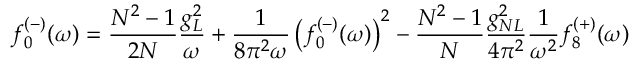
f _ { 0 } ^ { ( - ) } ( \omega ) = \frac { N ^ { 2 } - 1 } { 2 N } \frac { g _ { L } ^ { 2 } } { \omega } + \frac { 1 } { 8 \pi ^ { 2 } \omega } \left( f _ { 0 } ^ { ( - ) } ( \omega ) \right) ^ { 2 } - \frac { N ^ { 2 } - 1 } { N } \frac { g _ { N L } ^ { 2 } } { 4 \pi ^ { 2 } } \frac { 1 } { \omega ^ { 2 } } f _ { 8 } ^ { ( + ) } ( \omega )